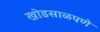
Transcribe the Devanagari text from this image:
खोडसाळपणे